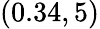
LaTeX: (0.34,5)